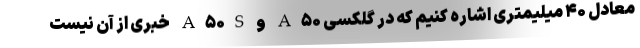
معادل ۴۰ میلیمتری اشاره کنیم که در گلکسی A۵۰ و A۵۰S خبری از آن نیست